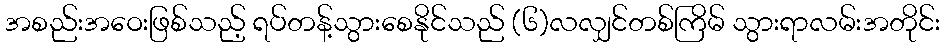
အစည်းအဝေးဖြစ်သည့် ရပ်တန့်သွားစေနိုင်သည် (၆)လလျှင်တစ်ကြိမ် သွားရာလမ်းအတိုင်း